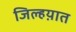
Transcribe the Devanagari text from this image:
जिल्हय़ात